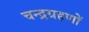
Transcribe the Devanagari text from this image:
चन्द्रग्रहणों